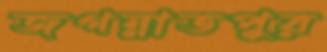
জগন্নাতপুর